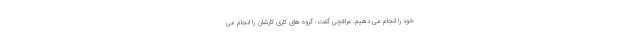
خود را انجام می دهیم. عراقچی گفت: گروه های کاری کارشان را انجام می